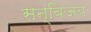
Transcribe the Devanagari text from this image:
सन्विजय